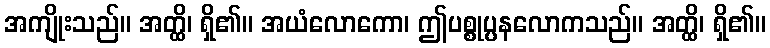
အကျိုးသည်။ အတ္ထိ၊ ရှိ၏။ အယံလောကော၊ ဤပစ္စုပ္ပနလောကသည်။ အတ္ထိ၊ ရှိ၏။